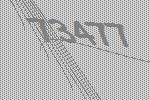
73477